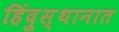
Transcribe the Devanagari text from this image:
हिंदु्स्थानात